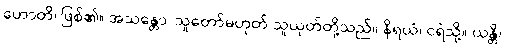
ဟောတိ၊ ဖြစ်၏။ အသန္တော၊ သူတော်မဟုတ် သူယုတ်တို့သည်။ နိရယံ၊ ငရဲသို့။ ယန္တိ၊